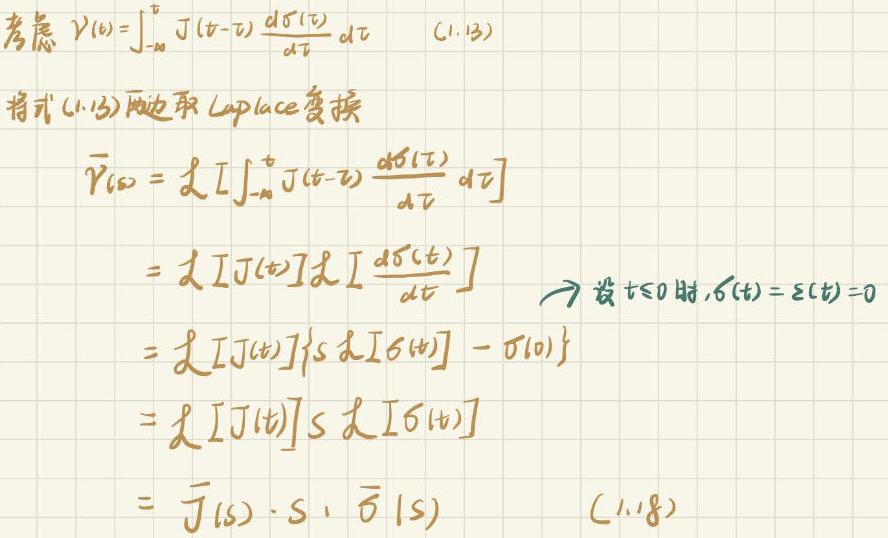
考虑 $\gamma(t)=\int_{-\infty}^{t} J(t - \tau) \frac{d\sigma(\tau)}{d\tau} d\tau$  (1.13)

将式 (1.13) 两边取 Laplace 变换

\[
\begin{align*}
\bar{\gamma}(s)&=\mathcal{L}\left[\int_{-\infty}^{t} J(t - \tau) \frac{d\sigma(\tau)}{d\tau} d\tau\right]\\
&=\mathcal{L}[J(t)]\mathcal{L}\left[\frac{d\sigma(t)}{dt}\right]\\
&\text{设 }t\leq0\text{ 时，}\sigma(t)=\varepsilon(t)=0\\
&=\mathcal{L}[J(t)]\{s\mathcal{L}[\sigma(t)] - \sigma(0)\}\\
&=\mathcal{L}[J(t)]s\mathcal{L}[\sigma(t)]\\
&=\bar{J}(s)\cdot s\cdot\bar{\sigma}(s) \quad (1.18)
\end{align*}
\]